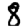
Digit: 8